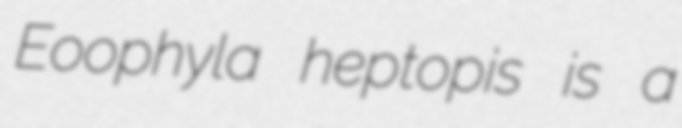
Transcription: Eoophyla heptopis is a